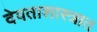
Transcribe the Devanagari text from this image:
देवताशास्त्रात